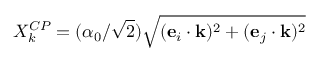
X _ { k } ^ { C P } = ( \alpha _ { 0 } / \sqrt { 2 } ) \sqrt { ( \mathbf { e } _ { i } \cdot \mathbf { k } ) ^ { 2 } + ( \mathbf { e } _ { j } \cdot \mathbf { k } ) ^ { 2 } }